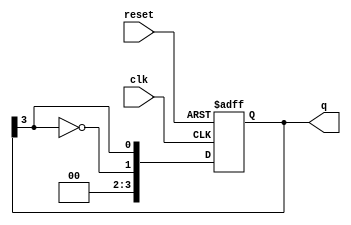
module johnson_counter (
    input wire clk,        // Clock signal
    input wire reset,      // Asynchronous reset signal
    output reg [n-1:0] q   // Output of the counter
);
    parameter n = 4; // Number of flip-flops (change as needed)

    // Sequential logic for the Johnson counter
    always @(posedge clk or posedge reset) begin
        if (reset) begin
            q <= 0; // Reset all flip-flops to zero
        end else begin
            q <= {~q[n-1], q[n-1:n-1]}; // Shift and feedback inverted last output
        end
    end

endmodule